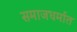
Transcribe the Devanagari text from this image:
समाजधर्मात